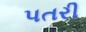
પતરી